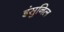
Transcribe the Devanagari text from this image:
इंसुनिल